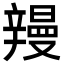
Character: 𮝽